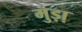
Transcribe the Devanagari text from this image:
मुड़ा़